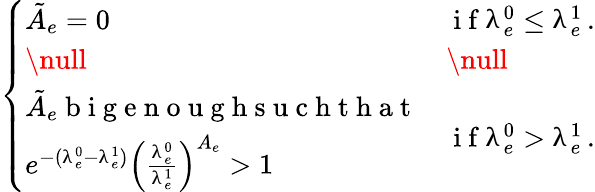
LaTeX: \left\{ \begin{array}{ll}{\tilde{A}_{e}=0}&{\mathrm{~i~f~}\uplambda_{e}^{0}\le\uplambda_{e}^{1}\, .}\\ {\null}&{\null}\\ {\begin{array}{l}{\tilde{A}_{e}\mathrm{~b~i~g~e~n~o~u~g~h~s~u~c~h~t~h~a~t~}}\\ {e^{-(\uplambda_{e}^{0}-\uplambda_{e}^{1})}\left(\frac{\uplambda_{e}^{0}}{\uplambda_{e}^{1}}\right)^{A_{e}}>1}\end{array}}&{\mathrm{~i~f~}\uplambda_{e}^{0}>\uplambda_{e}^{1}\, .}\end{array}\right.